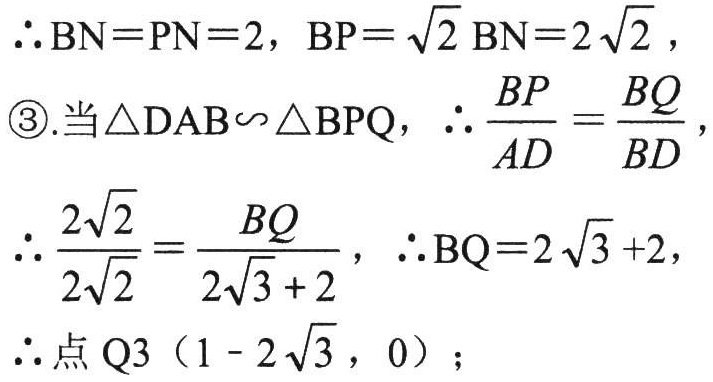
\(\therefore BN = PN = 2, BP=\sqrt{2}BN = 2\sqrt{2},\)
\(\textcircled{3}.当\triangle DAB\backsim\triangle BPQ,\therefore\frac{BP}{AD}=\frac{BQ}{BD},\)
\(\therefore\frac{2\sqrt{2}}{2\sqrt{2}}=\frac{BQ}{2\sqrt{3}+2},\therefore BQ = 2\sqrt{3}+2,\)
\(\therefore点\ Q3\ (1 - 2\sqrt{3},\ 0);\)